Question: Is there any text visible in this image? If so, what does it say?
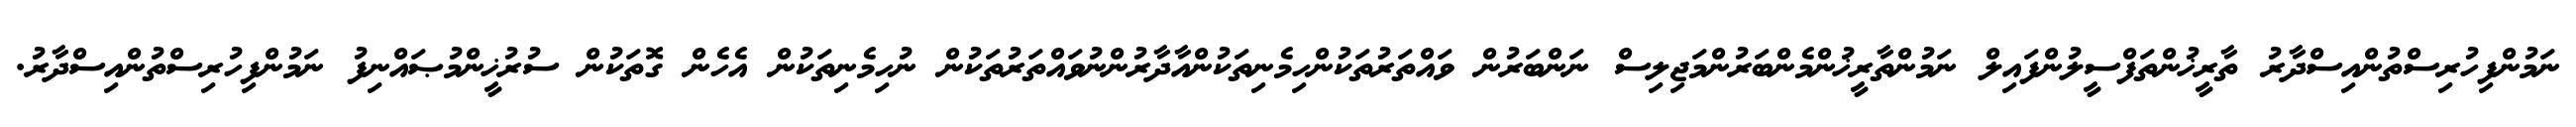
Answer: ނަމުންފިހުރިސްތުންއިސްދާރު ތާރީޚުންތަފްސީލުންފައިލް ނަމުންތާރީޚުންމެންބަރުންމަޖިލިސް ނަންބަރުން ވައްތަރުތަކުންހިމެނިތަކުންއާދާރުންނުވައްތަރުތަކުން ނުހިމެނިތަކުން އެހެން ގޮތަކުން ސުރުޚީންމުޞައްނިފު ނަމުންފިހުރިސްތުންއިސްދާރު.